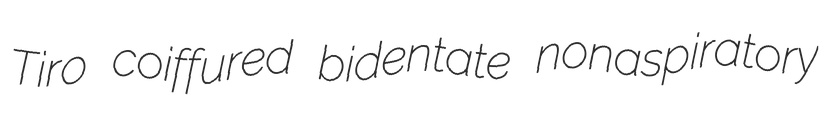
Tiro coiffured bidentate nonaspiratory